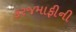
કરજમાફીની